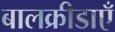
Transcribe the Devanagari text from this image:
बालक्रीडाएँ